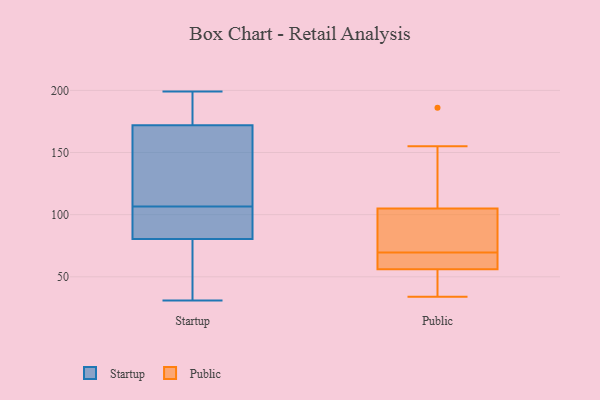
{"axis": {"x": "Website Visitors", "y": "Value"}, "legend": ["Public", "Startup"], "data": [{"x": "", "y": 191, "type": "Startup"}, {"x": "", "y": 108, "type": "Startup"}, {"x": "", "y": 31, "type": "Startup"}, {"x": "", "y": 199, "type": "Startup"}, {"x": "", "y": 167, "type": "Startup"}, {"x": "", "y": 177, "type": "Startup"}, {"x": "", "y": 105, "type": "Startup"}, {"x": "", "y": 131, "type": "Startup"}, {"x": "", "y": 81, "type": "Startup"}, {"x": "", "y": 60, "type": "Startup"}, {"x": "", "y": 94, "type": "Startup"}, {"x": "", "y": 80, "type": "Startup"}, {"x": "", "y": 105, "type": "Public"}, {"x": "", "y": 155, "type": "Public"}, {"x": "", "y": 62, "type": "Public"}, {"x": "", "y": 77, "type": "Public"}, {"x": "", "y": 47, "type": "Public"}, {"x": "", "y": 59, "type": "Public"}, {"x": "", "y": 56, "type": "Public"}, {"x": "", "y": 186, "type": "Public"}, {"x": "", "y": 89, "type": "Public"}, {"x": "", "y": 34, "type": "Public"}]}